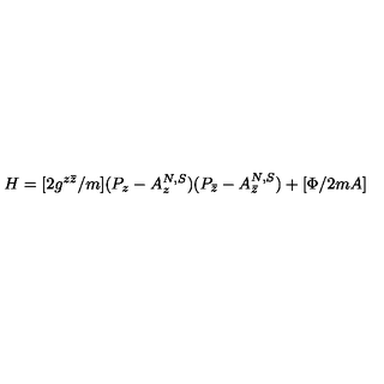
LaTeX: H = [ 2 g ^ { z \bar { z } } / m ] ( P _ { z } - A _ { z } ^ { N , S } ) ( P _ { \bar { z } } - A _ { \bar { z } } ^ { N , S } ) + [ \Phi / 2 m A ]